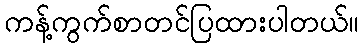
ကန့်ကွက်စာတင်ပြထားပါတယ်။